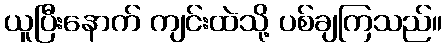
ယူပြီးနောက် ကျင်းထဲသို့ ပစ်ချကြသည်။